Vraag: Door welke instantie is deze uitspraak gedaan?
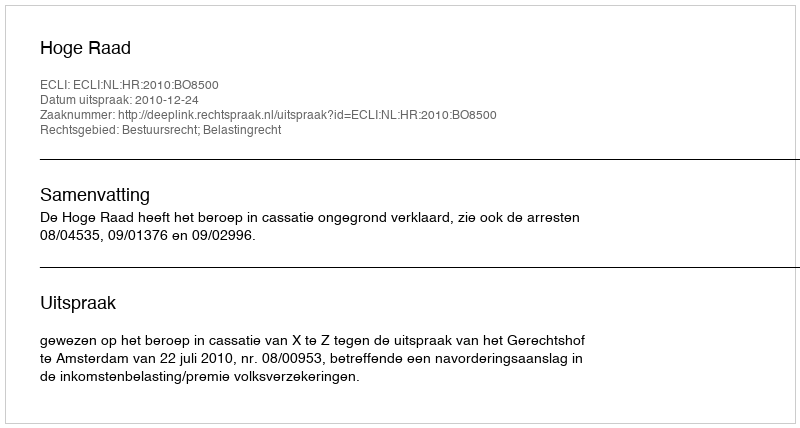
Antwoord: Hoge Raad